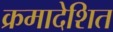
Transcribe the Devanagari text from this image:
क्रमादेशित